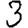
Digit: 3